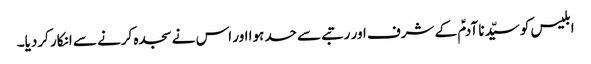
ابلیس کو سیّدنا آدمؑ کے شرف اور رتبے سے حسد ہوا اور اس نے سجدہ کرنے سے انکار کردیا۔